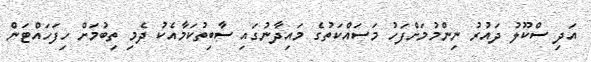
އަދި ސްކޫލު ދައުރު ނިންމުމަށްފަހު މަސައްކަތުގެ މައިދާނުގައި ސާބިތުކަމާއެކު ދެމި ތިބުމަށް ހިފަހައްޓަން